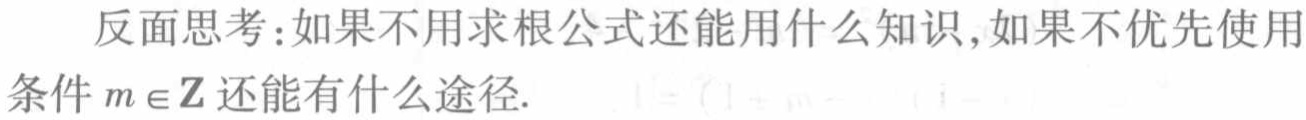
反面思考：如果不用求根公式还能用什么知识,如果不优先使用条件 \(m\in\mathbb{Z}\) 还能有什么途径.